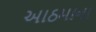
આઠમાના